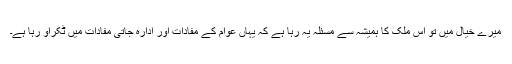
میرے خیال میں تو اس ملک کا ہمیشہ سے مسئلہ یہ رہا ہے کہ یہاں عوام کے مفادات اور ادارہ جاتی مفادات میں ٹکراو رہا ہے۔